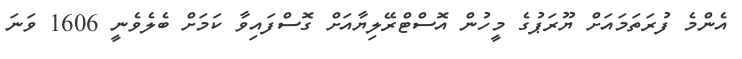
އެންމެ ފުރަތަމައަށް ޔޫރަޕުގެ މީހުން އޮސްޓްރޭލިޔާއަށް ގޮސްފައިވާ ކަމަށް ބެލެވެނީ 1606 ވަނަ